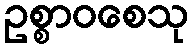
ဥစ္စာဝစေသု